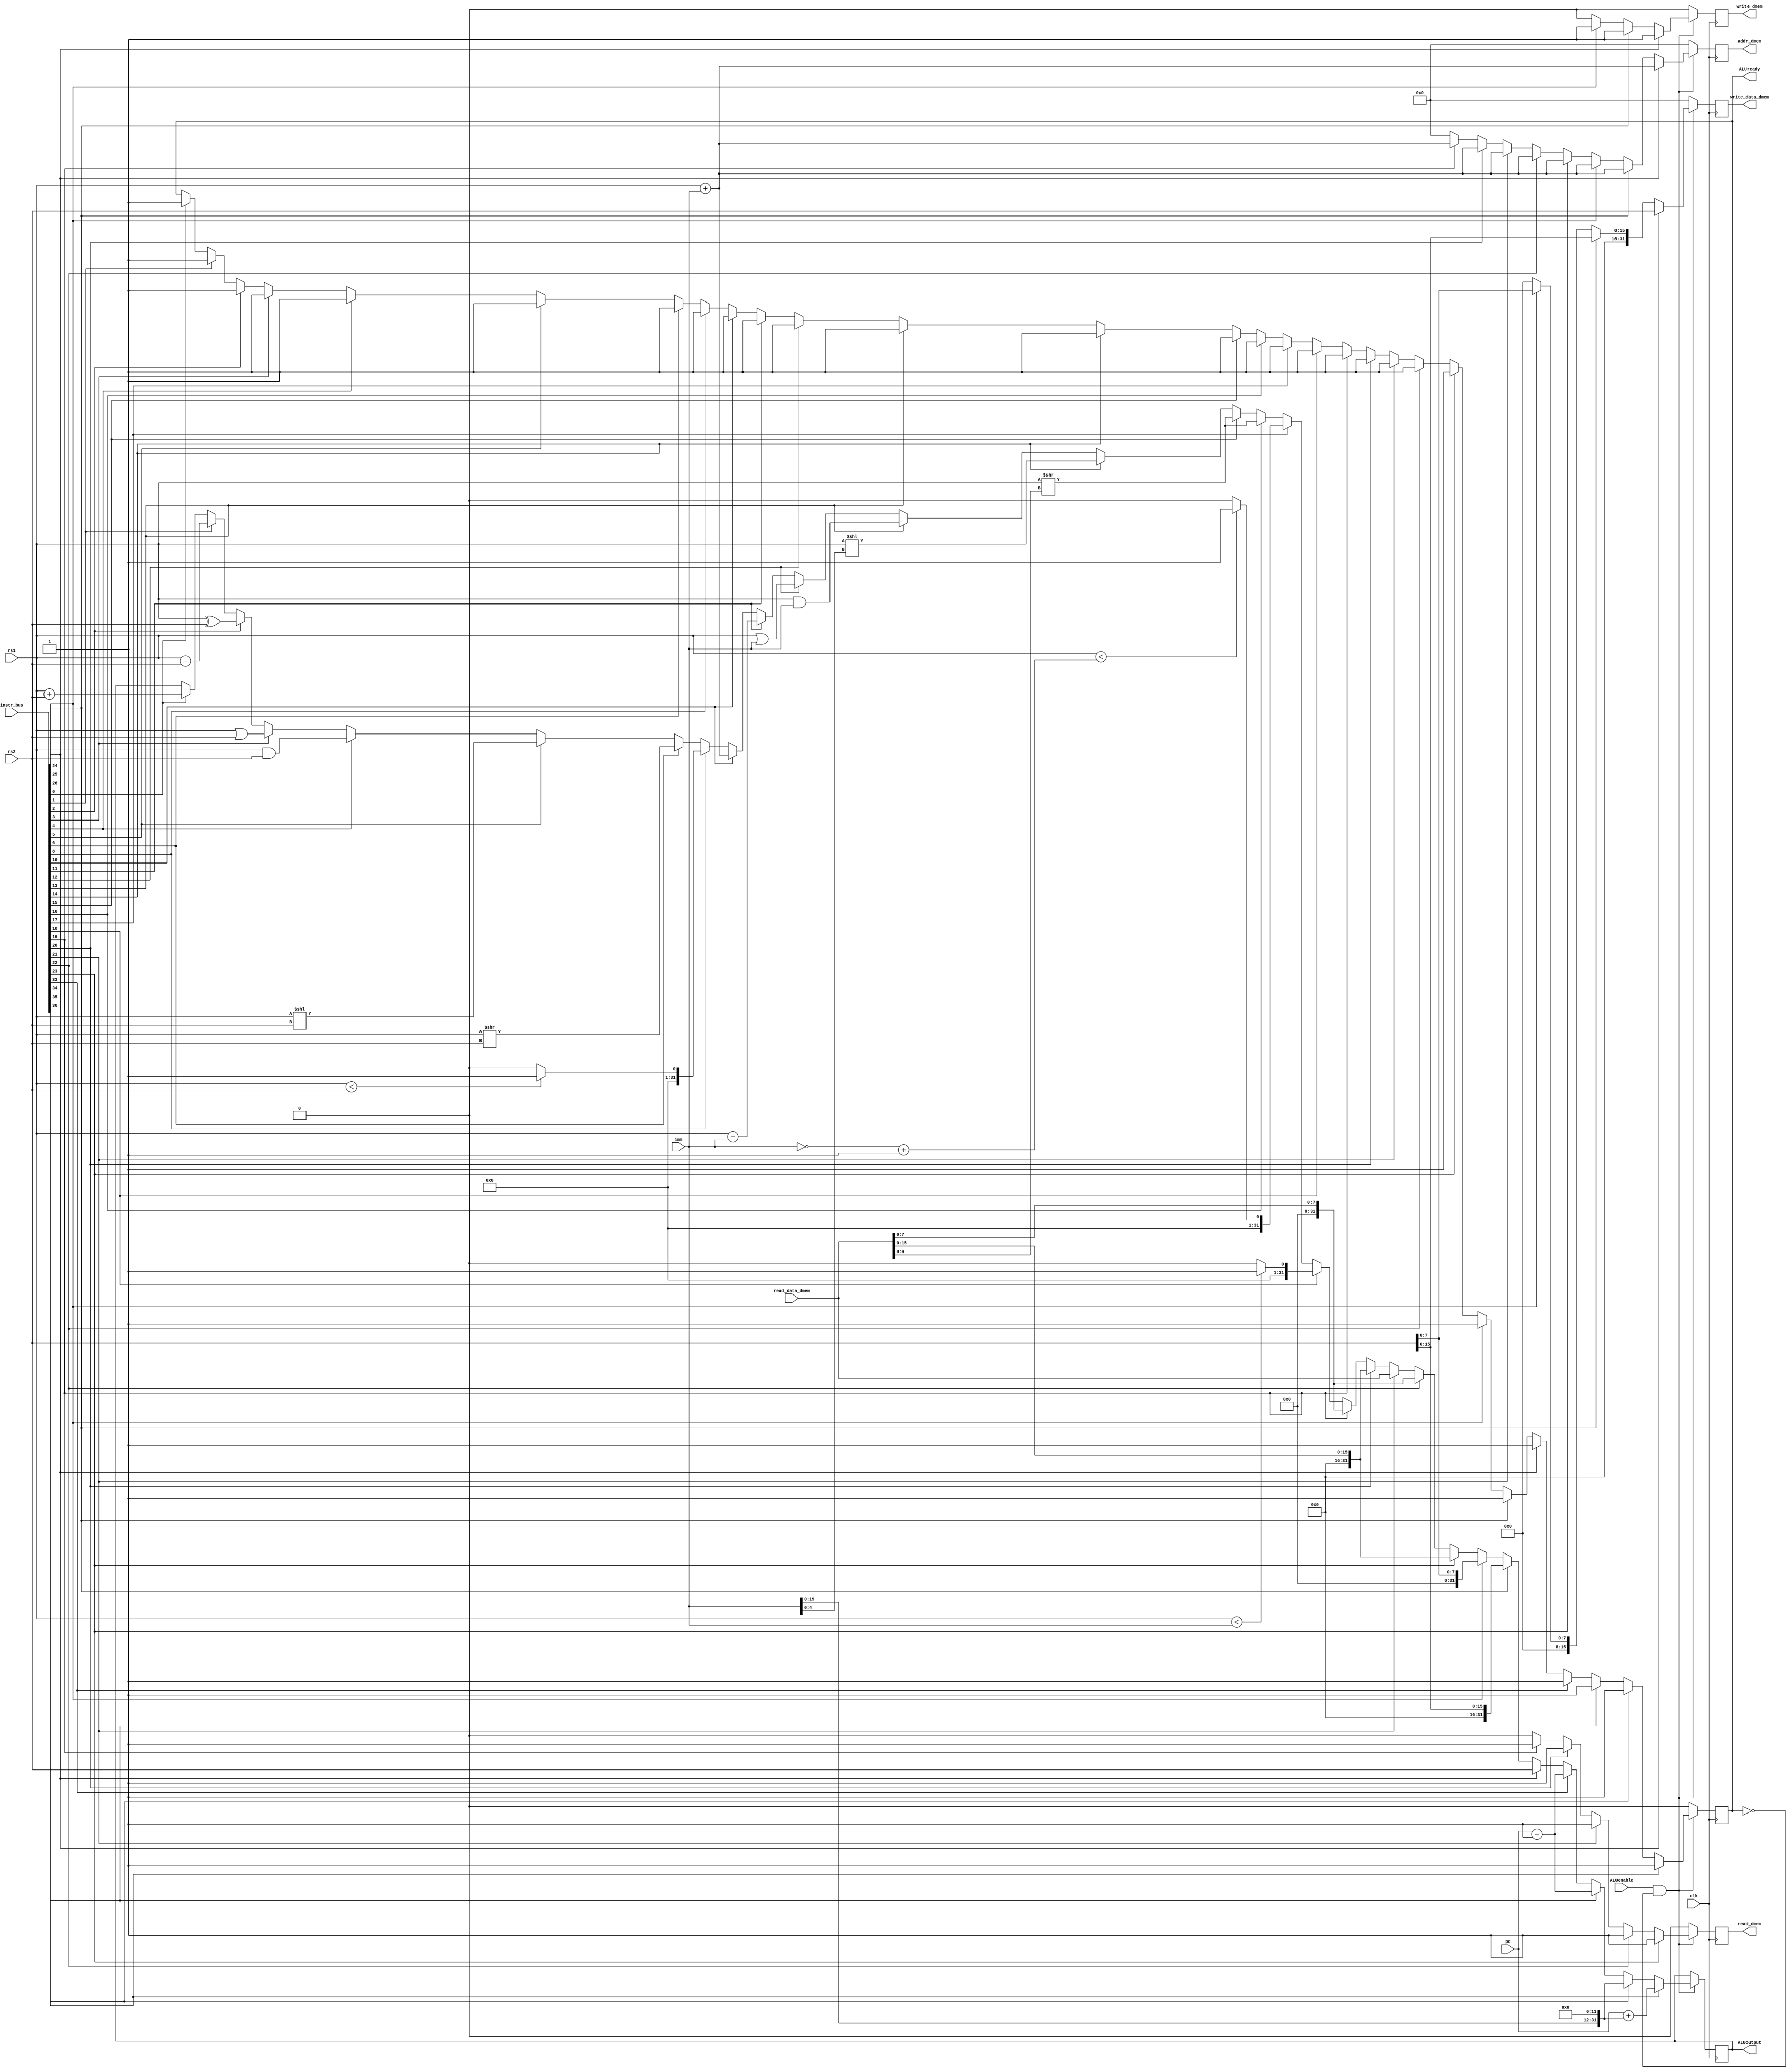
module ALU(
input clk,
input [31:0] rs1,
input [31:0] rs2,
input [31:0] imm,
input [36:0] instr_bus,
input [31:0] pc,
output reg read_dmem,
output reg write_dmem,
output reg [31:0] addr_dmem,
output reg [31:0] write_data_dmem,
input [31:0] read_data_dmem,
output reg [31:0] ALUoutput,
output reg ALUready,
input ALUenable
);

always@(posedge clk) begin
    write_data_dmem <= 32'b0;
    
    addr_dmem <= 32'b0;
    read_dmem <=0;
    write_dmem <=0;
    if(ALUenable && ~ALUready) begin
        if(instr_bus[0]==1)
        begin
            ALUoutput<=rs1+rs2;
            ALUready <= 1;
        end 
        if(instr_bus[1]==1)
        begin
        ALUoutput <= rs1 - rs2;
        ALUready <= 1;
        end
            
        if(instr_bus[2]==1)
        begin
        ALUoutput <= rs1 ^ rs2;
        ALUready <= 1;
        end
            
        if(instr_bus[3]==1)
        begin
            ALUoutput <= rs1 | rs2;
            ALUready <= 1;
        end
            
        if(instr_bus[4]==1)
        begin
            ALUoutput <= rs1 & rs2;
            ALUready <= 1;
        end

        if(instr_bus[5]==1)
        begin
            ALUoutput <= rs1 << rs2;
            ALUready <= 1;
        end

        if(instr_bus[6]==1)
        begin
            ALUoutput <= rs1 >> rs2;
            ALUready <= 1;
        end
                
        if(instr_bus[8]==1)
        begin
            ALUoutput <= (rs1 < rs2)?1:0;
            ALUready <= 1;
        end

        if(instr_bus[10]==1)
        begin
            ALUoutput <= rs1 + imm;
            ALUready <= 1;
        end
            
        if(instr_bus[11]==1)
        begin
            ALUoutput <= rs1 - imm;
            ALUready <= 1;
        end
            
        if(instr_bus[12]==1)
        begin
            ALUoutput <= rs1 | imm;
            ALUready <= 1;
        end
            
        if(instr_bus[13]==1)
        begin
            ALUoutput <= rs1 & imm;
            ALUready <= 1;
        end

        if(instr_bus[14]==1) begin //slli
            ALUoutput <= rs1 << imm[4:0];
            ALUready <= 1;
        end

        if(instr_bus[15]==1) begin //srli
            ALUoutput <= rs1 >> read_data_dmem[4:0];
            ALUready <= 1;
        end

        if(instr_bus[16]==1) begin //srai //needs review
            ALUoutput <= rs1 >> read_data_dmem[4:0];
            ALUready <= 1;
        end

        if(instr_bus[17]==1) begin //slti
            ALUoutput <= rs1 < (~imm+1'b1) ? 1:0;
            ALUready <= 1;
        end

        if(instr_bus[18]==1) begin //sltiu
            ALUoutput <= rs1 < imm ? 1:0;
            ALUready <= 1;
        end

        if(instr_bus[19] == 1) begin
            read_dmem <= 1; addr_dmem <= rs1 + imm;
            ALUoutput <= read_data_dmem[7:0];
            ALUready <= 1;
        end

        if(instr_bus[20] == 1) begin
            read_dmem <= 1; addr_dmem <= rs1 + imm;
            ALUoutput <= read_data_dmem[15:0];
            ALUready <= 1;
        end

        if(instr_bus[21] == 1) begin //lw
            read_dmem <= 1; addr_dmem <= rs1 + imm;
            ALUoutput <= read_data_dmem[31:0];
            ALUready <= 1;
        end

        if(instr_bus[22] == 1) begin //lbu
            read_dmem <= 1; addr_dmem <= rs1 + imm;
            ALUoutput <= {24'b0,read_data_dmem[7:0]};
            ALUready <= 1;
        end

        if(instr_bus[23] == 1) begin //lhu
            read_dmem <= 1; addr_dmem <= rs1 + imm;
            ALUoutput <= {read_data_dmem[15:0]};
            ALUready <= 1;
        end

        if(instr_bus[24] == 1) begin //sb
            write_dmem <= 1; addr_dmem <= rs1 + imm;
            write_data_dmem <= {rs2[7:0]};
            ALUoutput <= {rs2[7:0]};
            ALUready <= 1;
        end
        if(instr_bus[25] == 1) begin //sh
            write_dmem<= 1; addr_dmem <= rs1 + imm;
            write_data_dmem <= {rs2[15:0]};
            ALUoutput <= {rs2[15:0]};
            ALUready <= 1;
        end
        if(instr_bus[26] == 1) begin //sh
            write_dmem<= 1; addr_dmem <= rs1 + imm;
            write_data_dmem <= {rs2[31:0]};
            ALUoutput <= {rs2[31:0]};
            ALUready <= 1;
        end
        if(instr_bus[33] == 1) begin //jal
            ALUoutput <= pc + 1;
            ALUready <= 1;
        end
        if(instr_bus[34] == 1) begin //jalr
            ALUoutput <= pc + 1;
            ALUready <= 1;
        end
        if(instr_bus[35] == 1) begin //lui
            ALUoutput <= imm << 12;
            ALUready <= 1;
        end
        if(instr_bus[36] == 1) begin //auipc
        ALUoutput <= pc + (imm << 12);
        ALUready <= 1;
        end
    end
    else begin
        ALUready <=0;
    end
end

endmodule